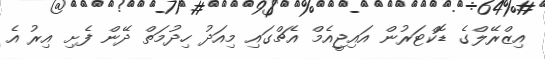
އިޒްރޭލްގެ ޑޮކްޓަރުން އައިޖީއެމް އެޗްގައި މިއަދު ހިދުމަތް ދޭން ފެށި އިރު އެ